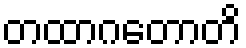
တထာဂတောတိ